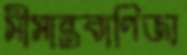
সীমান্তবাণিজ্য